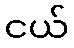
ငယ်